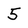
Character: 5